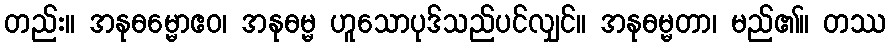
တည်း။ အနုဓမ္မောဧဝ၊ အနုဓမ္မ ဟူသောပုဒ်သည်ပင်လျှင်။ အနုဓမ္မတာ၊ မည်၏။ တဿ